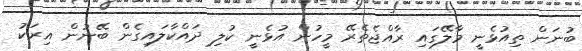
ބުނަން ތިއުޅެނީ މާލޭގައި ރާއްޖެތެރޭ މީހުން އުޅެނީ ކުލި ދައްކާލައިގެން ބޭނުން އިރަކު